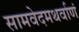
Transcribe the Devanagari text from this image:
सामवेदमथर्वाणं